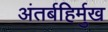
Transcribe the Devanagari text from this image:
अंतर्बहिर्मुख